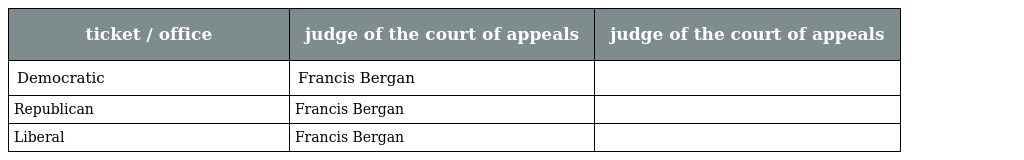
| ticket / office | judge of the court of appeals | judge of the court of appeals |
 | --- | --- | --- |
 | Democratic | Francis Bergan |  |
 | Republican | Francis Bergan |  |
 | Liberal | Francis Bergan |  |